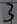
Text: 3